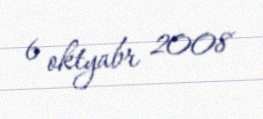
6 oktyabr 2008